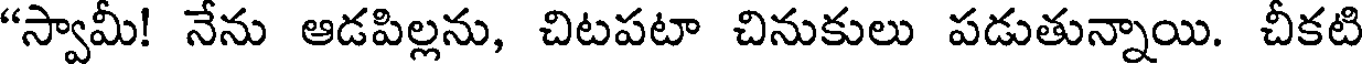
"స్వామీ! నేను ఆడపిల్లను, చిటపటా చినుకులు పడుతున్నాయి. చీకటి